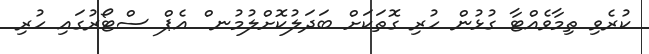
ކުރެވި ތިމާވެއްޓާ ގުޅުން ހުރި ގޮތަކަށް ބަދަލުކޮށްލުމުނ ް އެޕް ސްޓޯރުގައި ހުރި